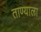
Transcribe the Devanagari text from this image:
ताण्याला